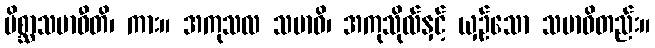
မိစ္ဆာသမာဓီတိ၊ ကား။ အကုသလ သမာဓိ၊ အကုသိုလ်နှင့် ယှဉ်သော သမာဓိတည်း။